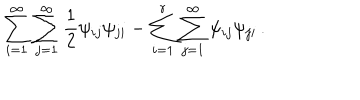
\sum _ { i = 1 } ^ { \infty } \sum _ { j = 1 } ^ { \infty } \frac { 1 } { 2 } \psi _ { i j } \psi _ { j i } - \sum _ { i = 1 } ^ { r } \sum _ { j = 1 } ^ { \infty } \psi _ { i j } \psi _ { j i } \, .